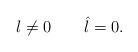
LaTeX: \begin{align*}l\not=0\quad\quad\hat{l}=0.\end{align*}